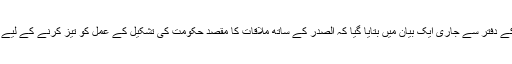
وزیر اعظم العبادی کے دفتر سے جاری ایک بیان میں بتایا گیا کہ الصدر کے ساتھ ملاقات کا مقصد حکومت کی تشکیل کے عمل کو تیز کرنے کے لیے مل کر کام کرنا ہے۔